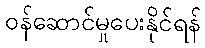
ဝန်ဆောင်မှုပေးနိုင်ရန်